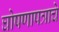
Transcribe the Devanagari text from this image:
घोषणापत्राचे